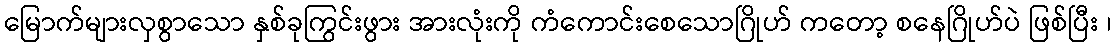
မြောက်များလှစွာသော နှစ်ခုကြွင်းဖွား အားလုံးကို ကံကောင်းစေသောဂြိုဟ် ကတော့ စနေဂြိုဟ်ပဲ ဖြစ်ပြီး ၊